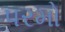
પરમો